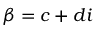
\beta = c + d i